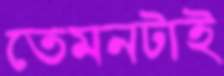
তেমনটাই